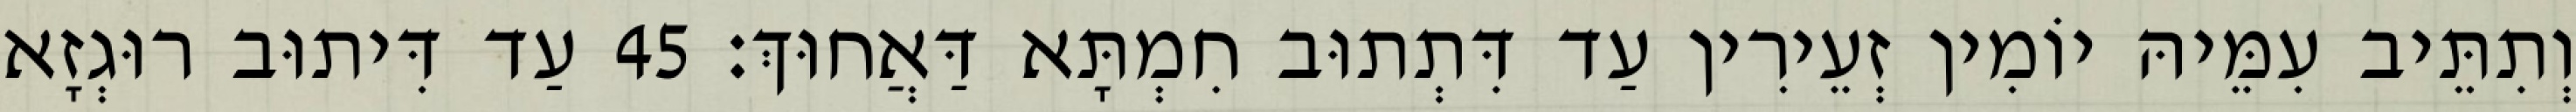
וְתִתֵּיב עִמֵּיהּ יוֹמִין זְעֵירִין עַד דִּתְתוּב חִמְתָּא דַּאֲחוּךְ׃ 45 עַד דִּיתוּב רוּגְזָא